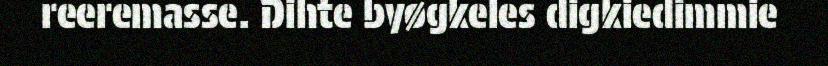
reeremasse. Dihte byøgkeles digkiedimmie